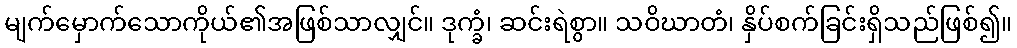
မျက်မှောက်သောကိုယ်၏အဖြစ်သာလျှင်။ ဒုက္ခံ၊ ဆင်းရဲစွာ။ သဝိဃာတံ၊ နှိပ်စက်ခြင်းရှိသည်ဖြစ်၍။